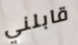
قابلني